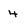
Character: 4